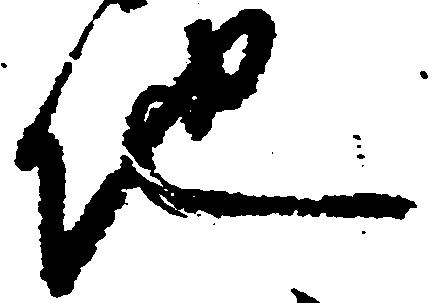
地